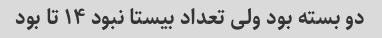
دو بسته بود ولی تعداد بیستا نبود ١۴ تا بود